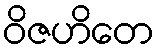
ဝိဇဟိတေ